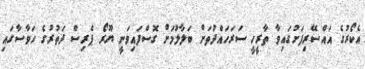
އެކޯރުގެ އައްސޭރިފަށުގައިވާ ތާރީހީ ސަރަހައްދުތަށް ބަލާލުމަށް ގޮސްފައިވަނީ ޔޫރޯ ޕެރިސް ދަތުރުގެ ހަވާސާގައި